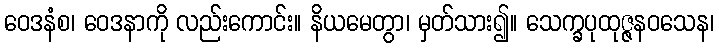
ဝေဒနံစ၊ ဝေဒနာကို လည်းကောင်း။ နိယမေတွာ၊ မှတ်သား၍။ သေက္ခပုထုဇ္ဇနဝသေန၊